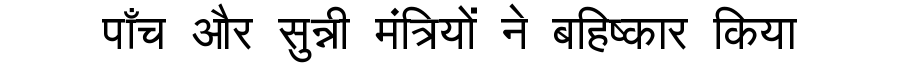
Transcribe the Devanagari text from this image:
पाँच और सुन्नी मंत्रियों ने बहिष्कार किया